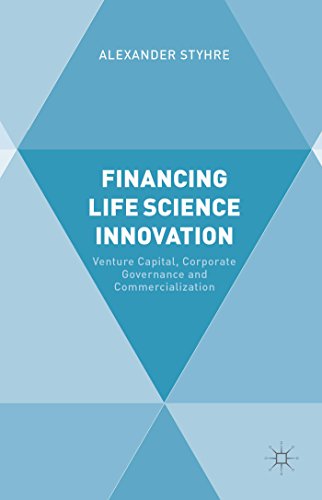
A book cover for Financing Life Science Innovation: Venture Capital, Corporate Governance and Commercialization; Alexander Styhre; Business & Money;